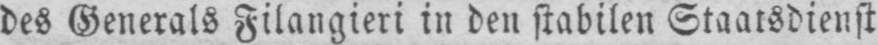
des Generals Filangieri in den stabilen Staatsdienst